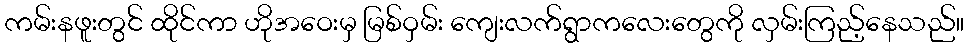
ကမ်းနဖူးတွင် ထိုင်ကာ ဟိုအဝေးမှ မြစ်ဝှမ်း ကျေးလက်ရွာကလေးတွေကို လှမ်းကြည့်နေသည်။